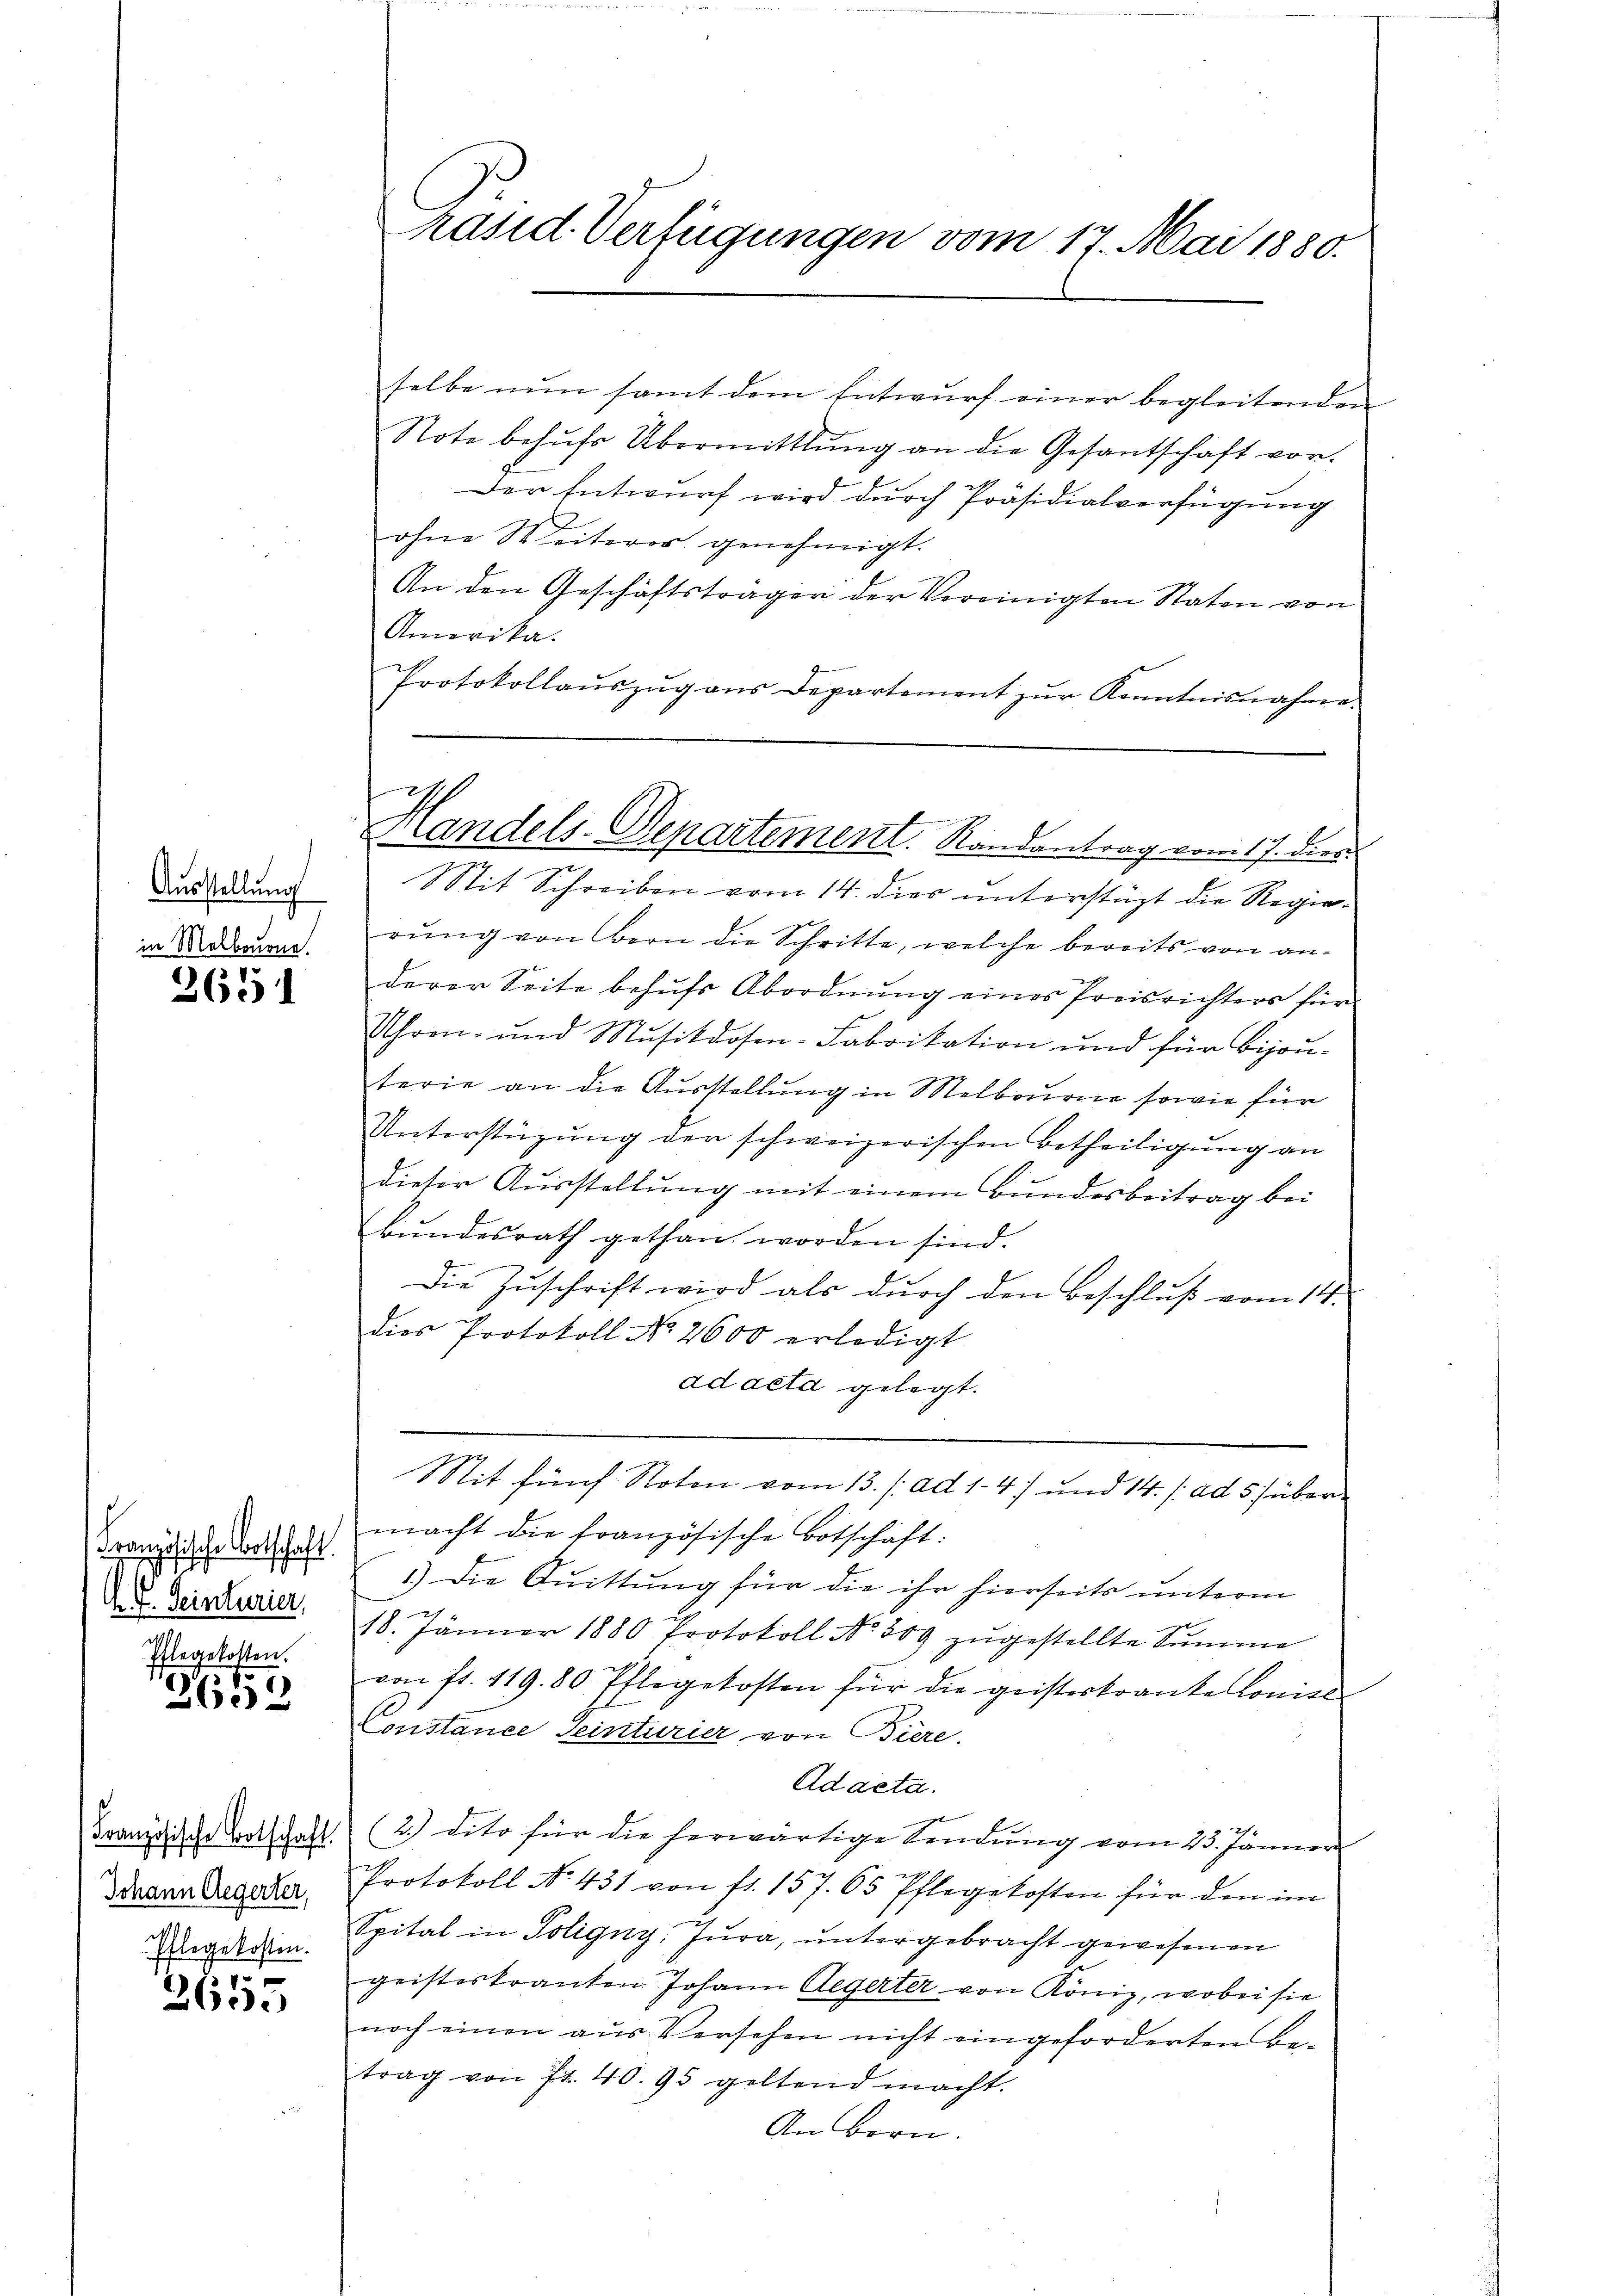
Ausstellung
in Melbouone.

2651

Französische Ortschaft.
A. Teinturier,
.

Ehlegekosten.
3602

Französische Botschaft.
e
Johann Aegerter,
Pflegekosten.

f
2610

räsid. Verfügungen vom 17. Mai 1880.

Handels-Departement. Randantrag vom 17. dies

selbe nun samt dem Entwurf einer begleitenden
Note behŭfs Übermittlung an die Gesantschaft vor.
Der Entwurf wird durch Präsidialverfügung
ohne Weiteres genehmigt.
An den Geschäftsträger der Vereinigten Staten von
Amerika.
Protokollaŭszŭg ans Departement zŭr Kenntnisnahme.
Sit Schreiben vom 14. dies unterstüzt die Regierung von Bern die Schritte, welche bereits von anderer Seite behufs Abordnung eines Preisrichters für
Uhren- und Musikdosen-Fabrikation und für bijou-
terie an die Ausstellung in Melbourne sowie für
Unterstützŭng der schweizerischen Betheiligŭng an
dieser Ausstellung mit einem Bundesbeitrag bei
bŭndesrath gethan worden sind.
Die Zuschrift wird als durch den Beschluß vom 14.
dies Protokoll No. 2600 erledigt
ad acta gelegt.
.
it fünf Noten vom 13. /: ad 1. 4) und 14. / ad 5 über
macht die französische Botschaft:
1.) Die Quittung für die ihr hierseits unterm
18. Jänner 1880 Protokoll No 309 zŭgestellte Summe
von fl. 119. 80. Pflegekosten für die geisteskranke Conces
Constance seinturier von Biere.
Adacta.
21
2.) dito für die herwärtige Sendŭng vom 23. Jänner
Protokoll No. 431 von fl. 157. 65 Pflegekosten für den im
Spital in Poligny, Jura, untergebracht gewesenen
geisteskranken Johann Aegerter von König, wobei sie
noch einen aus Versehen nicht eingeforderten Be-
trag von Fr. 40. 95 geltend macht.
An Bern.